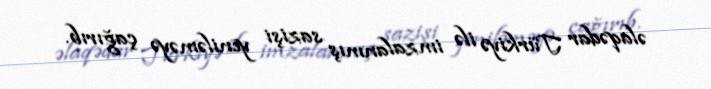
əlaqədar Türkiyə ilə imzalanmış sazişi yeniləməyə çağırıb.